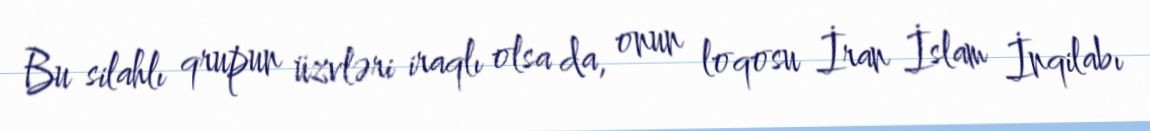
Bu silahlı qrupun üzvləri iraqlı olsa da, onun loqosu İran İslam İnqilabı